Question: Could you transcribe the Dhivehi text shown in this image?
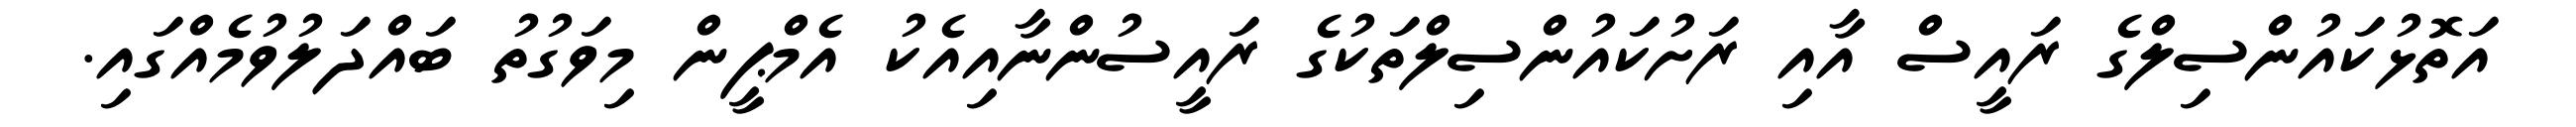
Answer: އަތޮޅުކައުންސިލްގެ ރައީސް އާއި ރަށުކައުންސިލްތަކުގެ ރައީސުންނާއިއެކު އެމްޕީން މިވަގުތު ބައްދަލުވުމެއްގައި.